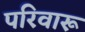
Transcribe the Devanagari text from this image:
परिवारू